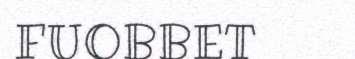
FUOBBET